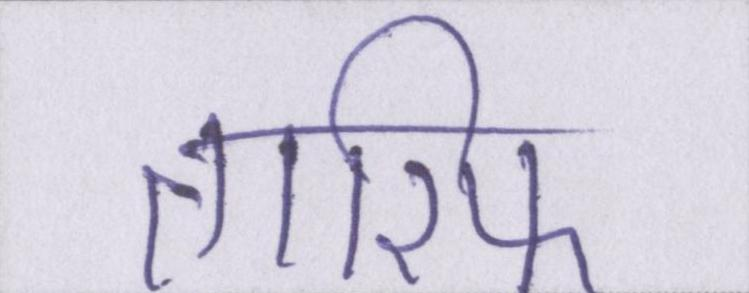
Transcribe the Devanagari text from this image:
तारिफ